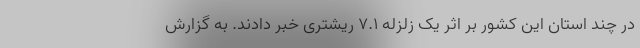
در چند استان این کشور بر اثر یک زلزله ۷.۱ ریشتری خبر دادند. به گزارش